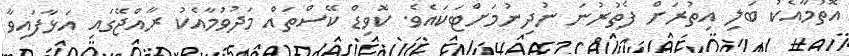
އޮތުމާއެކު ބަލި އިތުރަށް ފެތުރުނަ ނުދިނުމަށްޓަކައެވެ. ކޮވިޑް ކޭސްތައް މަދުވުމާއެކު ރާއްޖޭގައި އަޅާފައިވާ